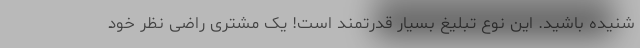
شنیده باشید. این نوع تبلیغ بسیار قدرتمند است! یک مشتری راضی نظر خود